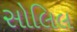
સોલિલ